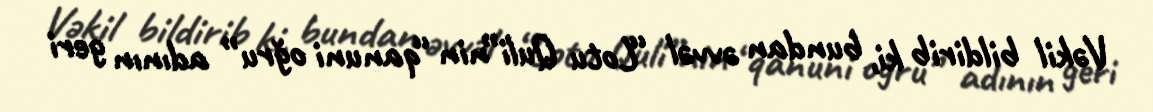
Vəkil bildirib ki, bundan əvvəl “Lotu Quli”nin “qanuni oğru” adının geri